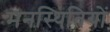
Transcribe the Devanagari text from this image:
मनस्थितियों